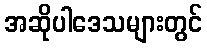
အဆိုပါဒေသများတွင်